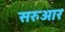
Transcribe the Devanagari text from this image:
सरुआर